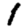
Digit: 1